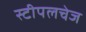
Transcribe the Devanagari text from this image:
स्टीपलचेज